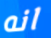
انه